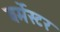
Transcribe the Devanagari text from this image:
बर्मेस्टर